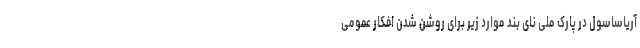
آریاساسول در پارک ملی نای بند موارد زیر برای روشن شدن افکار عمومی